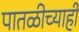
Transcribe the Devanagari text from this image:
पातळीच्याही